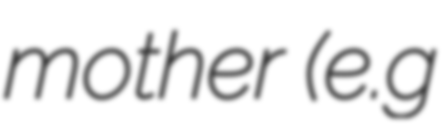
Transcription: mother (e.g